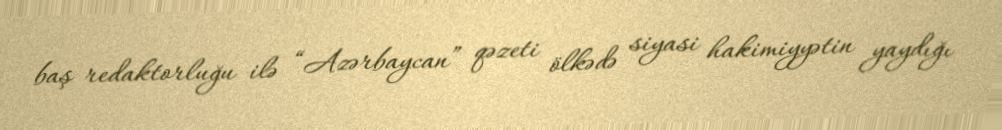
baş redaktorluğu ilə “Azərbaycan” qəzeti ölkədə siyasi hakimiyyətin yaydığı